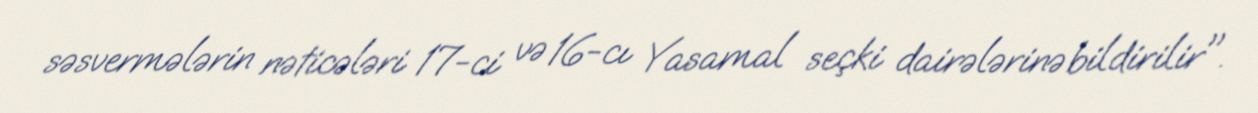
səsvermələrin nəticələri 17-ci və 16-cı Yasamal seçki dairələrinə bildirilir".